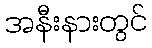
အနီးနားတွင်